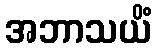
အဘာသယိံ